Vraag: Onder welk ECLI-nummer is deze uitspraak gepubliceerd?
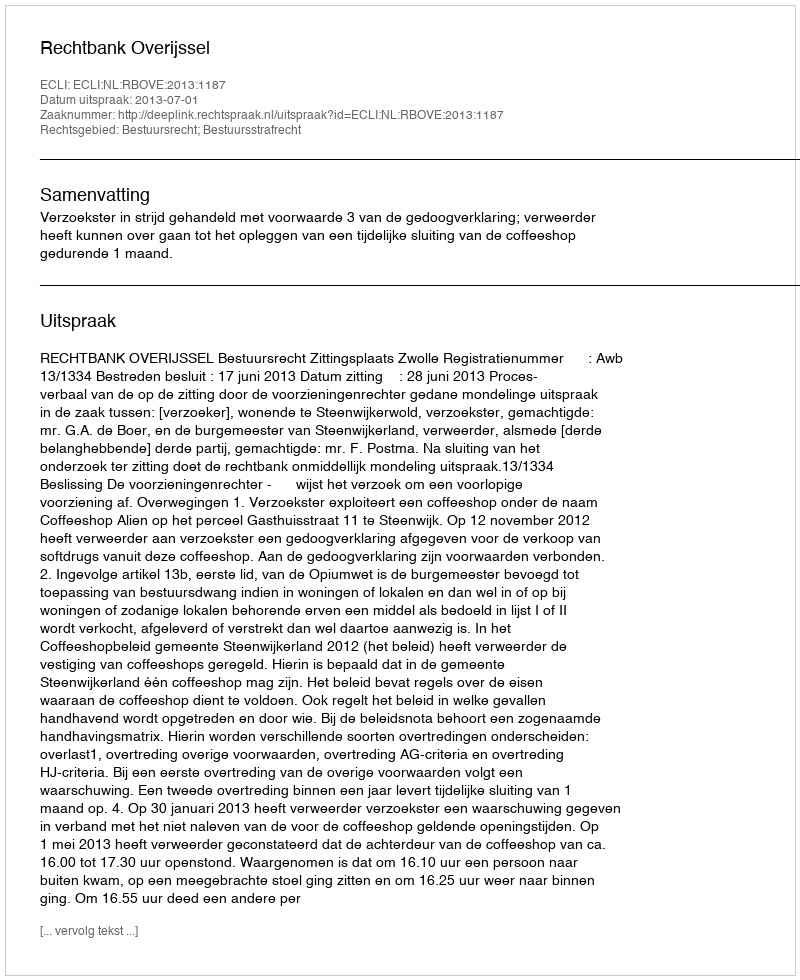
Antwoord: ECLI:NL:RBOVE:2013:1187